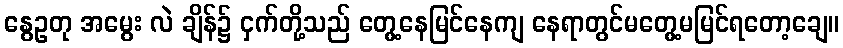
နွေဥတု အမွေး လဲ ချိန်၌ ငှက်တို့သည် တွေ့နေမြင်နေကျ နေရာတွင်မတွေ့မမြင်ရတော့ချေ။